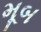
મૂબ